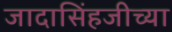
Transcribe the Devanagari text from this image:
जादासिंहजीच्या